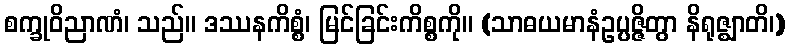
စက္ခုဝိညာဏံ၊ သည်။ ဒဿနကိစ္စံ၊ မြင်ခြင်းကိစ္စကို။ (သာဓယမာနံဥပ္ပဇ္ဇိတွာ နိရုဇ္ဈာတိ၊)